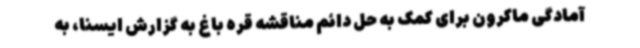
آمادگی ماکرون برای کمک به حل دائم مناقشه قره باغ به گزارش ایسنا، به